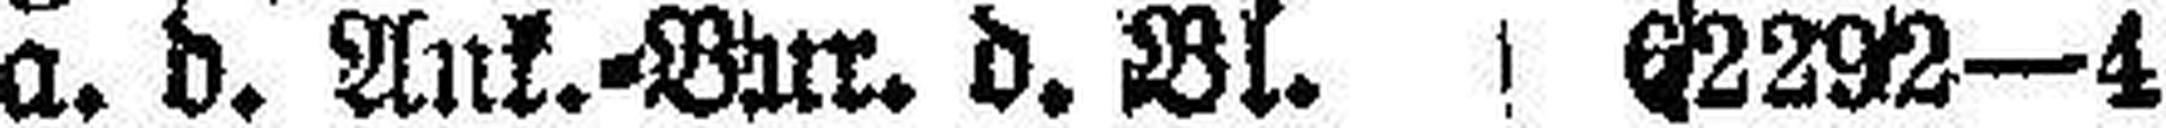
a. d. Ank.=Bur. d. Bl. 62292—4